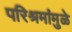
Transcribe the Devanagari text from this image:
परिश्रमांमुळे